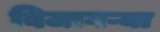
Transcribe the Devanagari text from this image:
बिजागऱ्या